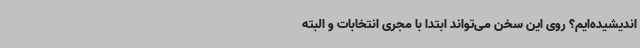
اندیشیده‌ایم؟ روی این سخن می‌تواند ابتدا با مجری انتخابات و البته